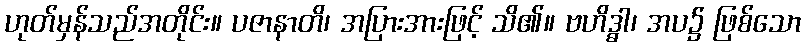
ဟုတ်မှန်သည်အတိုင်း။ ပဇာနာတိ၊ အပြားအားဖြင့် သိ၏။ ဗဟိဒ္ဓါ၊ အပ၌ ဖြစ်သော